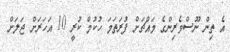
އެ ތިން ނޫސްވެރިންގެ މައްޗަށް ފުރަތަމަ ހުކުމް ކުރީ 10 އަހަރަށް ޖަލަށް